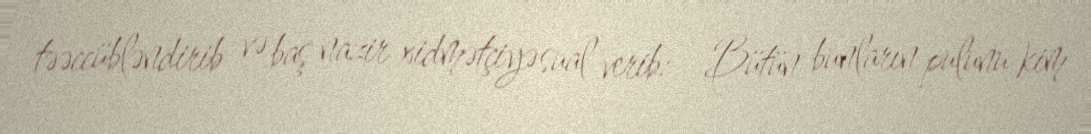
təəccübləndirib və baş nazir xidmətçiyə sual verib: - Bütün bunların pulunu kim